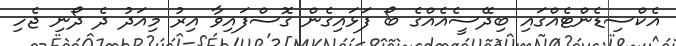
އެކްސިޑެންޓެއްގައި ބިދޭސީެއެއްގެ ބޯ ފަޅައިގެން ގޮސްފައިވާ އިރު މިއަދު ދެ ދޯނި ޖެހި